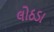
લોઠડા